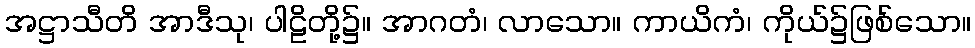
အဋ္ဌာသီတိ အာဒီသု၊ ပါဠိတို့၌။ အာဂတံ၊ လာသော။ ကာယိကံ၊ ကိုယ်၌ဖြစ်သော။